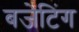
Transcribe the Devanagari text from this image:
बजेटिंग